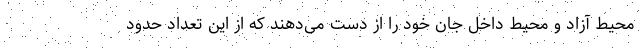
محیط آزاد و محیط داخل جان خود را از دست می‌دهند که از این تعداد حدود